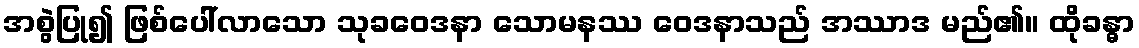
အစွဲပြု၍ ဖြစ်ပေါ်လာသော သုခဝေဒနာ သောမနဿ ဝေဒနာသည် အဿာဒ မည်၏။ ထိုခန္ဓာ